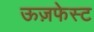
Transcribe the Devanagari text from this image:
ऊज़फेस्ट